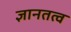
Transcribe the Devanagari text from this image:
ज्ञानतत्व